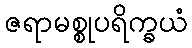
ဇရာမစ္စုပရိက္ခယံ